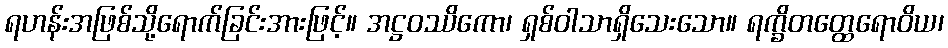
ရဟန်းအဖြစ်သို့ရောက်ခြင်းအားဖြင့်။ အဋ္ဌဝဿိကော၊ ရှစ်ဝါသာရှိသေးသော။ ရက္ခိတတ္ထေရောဝိယ၊